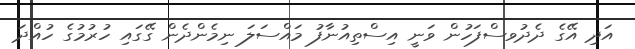
އަދި އޭގެ ދެދުވސްފަހުން ވަނީ އިސްތިއުނާފު މައްސަލަ ނިމެންދެން ގޭގައި ހުރުމުގެ ހުއްދަ